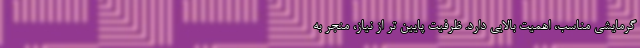
گرمایشی مناسب، اهمیت بالایی دارد. ظرفیت پایین تر از نیاز، منجر به